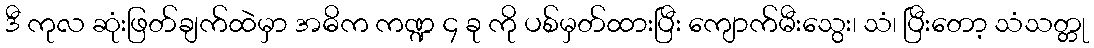
ဒီ ကုလ ဆုံးဖြတ်ချက်ထဲမှာ အဓိက ကဏ္ဍ ၄ ခု ကို ပစ်မှတ်ထားပြီး ကျောက်မီးသွေး၊ သံ၊ ပြီးတော့ သံသတ္တု